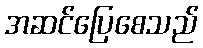
အဆင်ပြေစေသည်